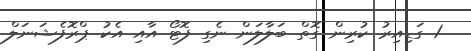
1 ގަޑިއިރު ކުރިން ގޮތް ބަލާލަން ނެގި ފޮޓޯ އާއި އެކު ޕްރޮފެޝަނަލް